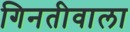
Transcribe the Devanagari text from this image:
गिनतीवाला